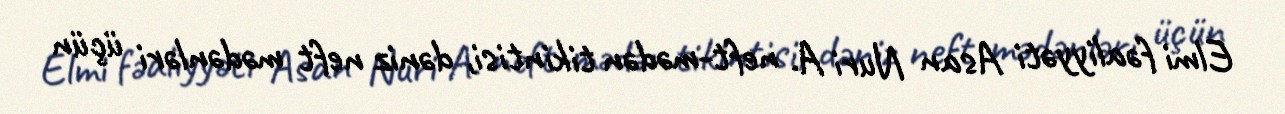
Elmi fəaliyyəti Asan Nuri A. neft-mədən tikintisi, dəniz neft mədənləri üçün